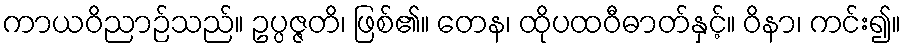
ကာယဝိညာဉ်သည်။ ဥပ္ပဇ္ဇတိ၊ ဖြစ်၏။ တေန၊ ထိုပထဝီဓာတ်နှင့်။ ဝိနာ၊ ကင်း၍။